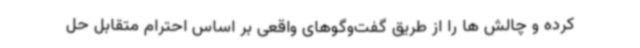
کرده و چالش ها را از طریق گفت‌وگوهای واقعی بر اساس احترام متقابل حل